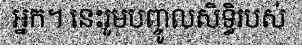
អ្នក។ នេះរួមបញ្ចូលសិទ្ធិរបស់